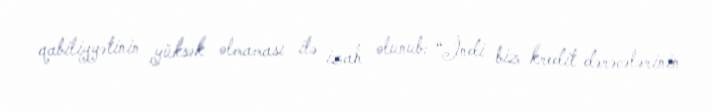
qabiliyyətinin yüksək olmaması ilə izah olunub: “İndi biz kredit dərəcələrinin